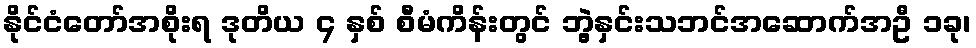
နိုင်ငံတော်အစိုးရ ဒုတိယ ၄ နှစ် စီမံကိန်းတွင် ဘွဲ့နှင်းသဘင်အဆောက်အဦ ၁ခု၊